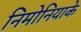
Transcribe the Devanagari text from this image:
निमोनियाके